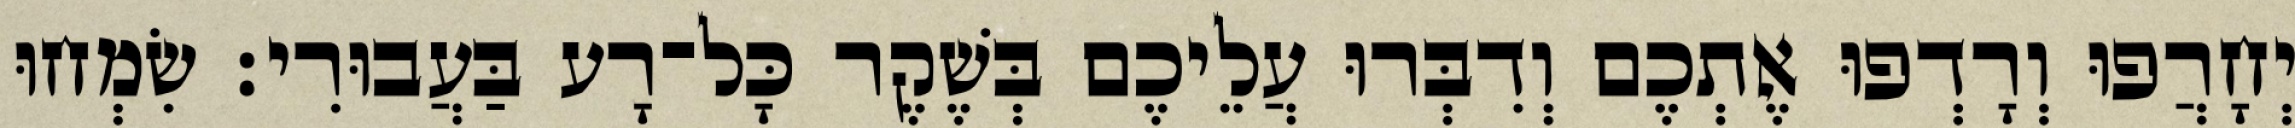
יְחָרֲפוּ וְרָדְפוּ אֶתְכֶם וְדִבְּרוּ עֲלֵיכֶם בְּשֶׁקֶר כָּל־רָע בַּעֲבוּרִי׃ שִׂמְחוּ